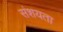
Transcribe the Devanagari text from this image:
संशयता